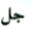
جل